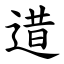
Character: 逪